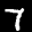
Label: 7